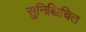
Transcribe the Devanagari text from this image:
सुनिश्चिचित